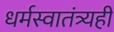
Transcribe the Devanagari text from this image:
धर्मस्वातंत्र्यही